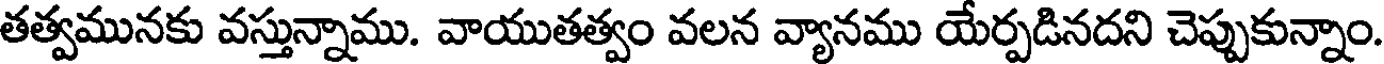
తత్వమునకు వస్తున్నాము. వాయుతత్వం వలన వ్యానము యేర్పడినదని చెప్పుకున్నాం